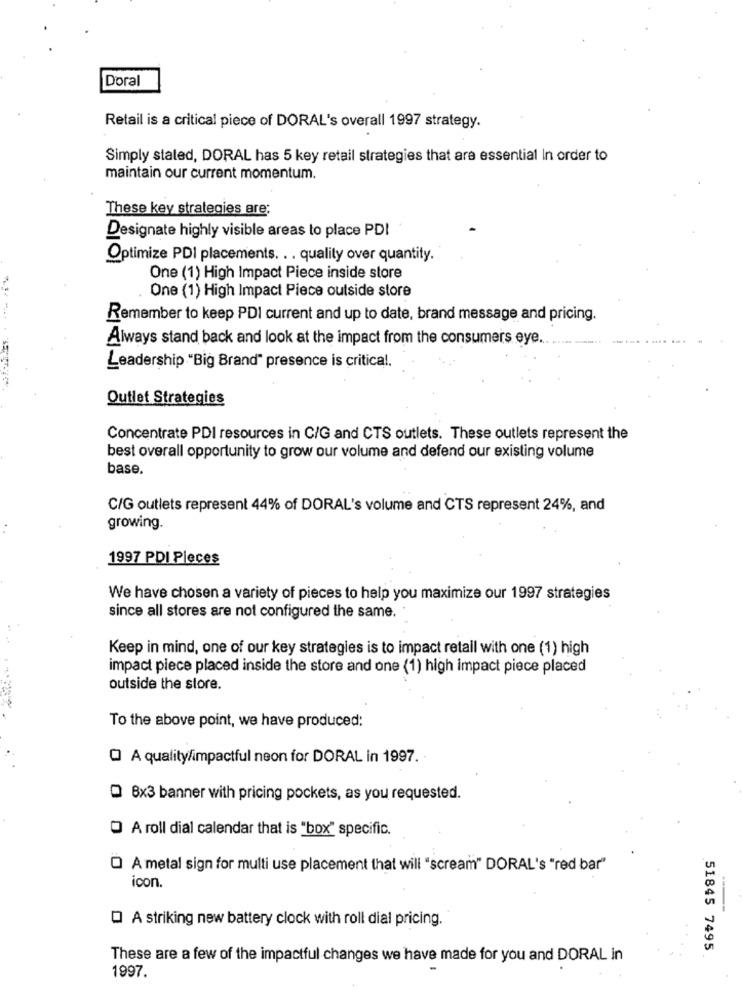
Doral
Retail is a critical piece of DORAL's overall 1997 strategy.
Simply stated, DORAL has 5 key retail strategies that are essential In order to
maintain our current momentum.
These key strategies are;
Designate highly visible areas to place PDI
Optimize PDI placements. .. quality over quantity.
One (1) High Impact Piece inside store
One (1) High Impact Piece outside store
Remember to keep PDI current and up to date, brand message and pricing.
Always stand back and look at the impact from the consumers eye ...
Leadership "Big Brand" presence is critical.
Outlet Strategies
Concentrate PDI resources in C/G and CTS outlets. These outlets represent the
best overall opportunity to grow our volume and defend our existing volume
base.
C/G outlets represent 44% of DORAL's volume and CTS represent 24%, and
growing.
1997 PDI Pleces
We have chosen a variety of pieces to help you maximize our 1997 strategies
since all stores are not configured the same.
Keep in mind, one of our key strategies is to impact retail with one (1) high
impact piece placed inside the store and one (1) high impact piece placed
outside the store.
To the above point, we have produced:
Q A quality/impactful neon for DORAL in 1997.
8x3 banner with pricing pockets, as you requested.
O A roll dial calendar that is "box" specific.
O A metal sign for multi use placement that will "scream" DORAL's "red bar"
icon.
O A striking new battery clock with roll dial pricing.
51845 7495
These are a few of the impactful changes we have made for you and DORAL in
1997.